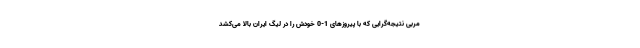
مربی نتیجه‌گرایی که با پیروزهای 1-0 خودش را در لیگ ایران بالا می‌کشد